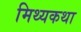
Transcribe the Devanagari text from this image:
मिथ्यकथा